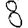
Digit: 8